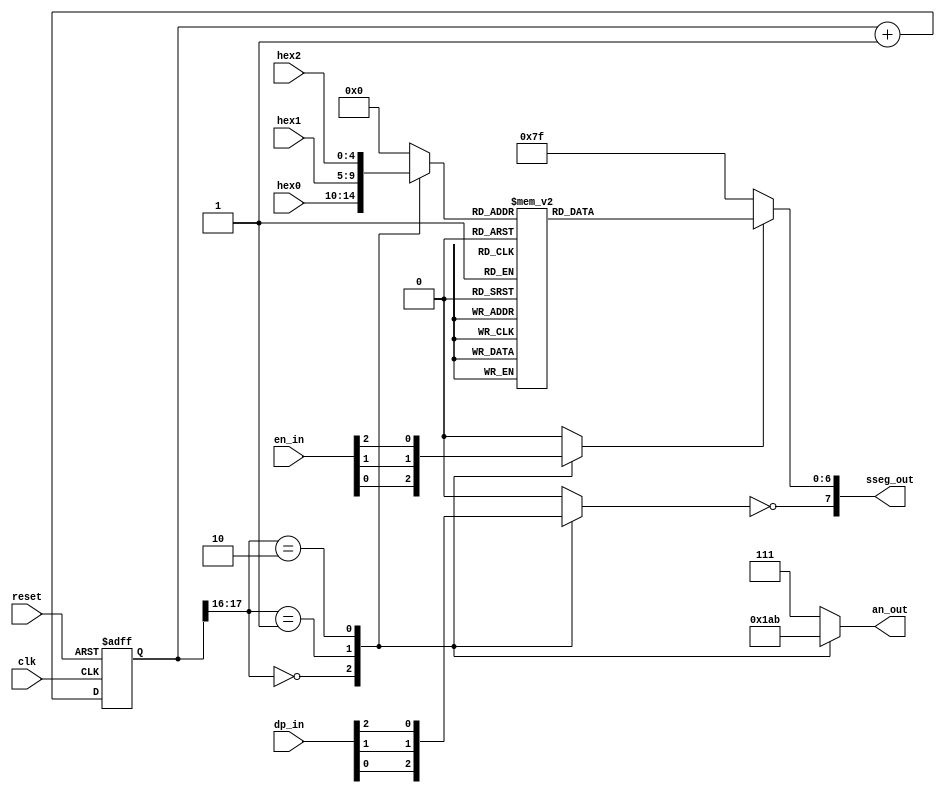
// Created by Jeevaka Dassanayake on 5/22/18.
//   Copyright (c) 2018 Jeevaka Dassanayake.

// Listing 4.15
module DispHexMux
   (
    input wire clk, reset,
    input wire [4:0] hex2, hex1, hex0,  // hex digits
    input wire [2:0] dp_in,             // 3 decimal points
	 input wire [2:0] en_in,
    output wire [2:0] an_out,  // enable 1-out-of-3 asserted low
    output wire [7:0] sseg_out // led segments
   );

   // constant declaration
   // refreshing rate around 800 Hz (50 MHz/2^16)
   localparam N = 18;
   // internal signal declaration
   reg [N-1:0] q_reg;
   wire [N-1:0] q_next;
   reg [4:0] hex_in;
   reg dp;
	reg en;
   reg [2:0] an;  // enable 1-out-of-3 asserted low
   reg [7:0] sseg; // led segments

   // N-bit counter
   // register
   always @(posedge clk, posedge reset)
      if (reset)
         q_reg <= 0;
      else
         q_reg <= q_next;

   // next-state logic
   assign q_next = q_reg + 1;

   // 2 MSBs of counter to control 4-to-1 multiplexing
   // and to generate active-low enable signal
   always @*
      case (q_reg[N-1:N-2])
         3'b00:
            begin
               an =  3'b110;
               hex_in = hex0;
               dp = dp_in[0];
					en = en_in[0];
            end
         2'b01:
            begin
               an =  3'b101;
               hex_in = hex1;
               dp = dp_in[1];
					en = en_in[1];
            end
         2'b10:
            begin
               an =  3'b011;
               hex_in = hex2;
               dp = dp_in[2];
					en = en_in[2];
            end
         default:
				begin
					an = 3'b111;
               hex_in = 5'b00000;
               dp = 1'b0;
					en = 1'b0;
				end
       endcase

   // hex to seven-segment led display
   always @*
   begin
		if( en )
			case(hex_in)
				5'b00000: sseg[6:0] = 7'b0000001;
				5'b00001: sseg[6:0] = 7'b1001111;
				5'b00010: sseg[6:0] = 7'b0010010;
				5'b00011: sseg[6:0] = 7'b0000110;
				5'b00100: sseg[6:0] = 7'b1001100;
				5'b00101: sseg[6:0] = 7'b0100100;
				5'b00110: sseg[6:0] = 7'b0100000;
				5'b00111: sseg[6:0] = 7'b0001111;
				5'b01000: sseg[6:0] = 7'b0000000;
				5'b01001: sseg[6:0] = 7'b0000100;
				5'b01010: sseg[6:0] = 7'b0001000;
				5'b01011: sseg[6:0] = 7'b1100000;
				5'b01100: sseg[6:0] = 7'b0110001;
				5'b01101: sseg[6:0] = 7'b1000010;
				5'b01110: sseg[6:0] = 7'b0110000;
				5'b01111: sseg[6:0] = 7'b0111000;
				// None-hex cases
				5'b10000: sseg[6:0] = 7'b1000001;			// Letter U
				5'b10001: sseg[6:0] = 7'b1111100;  // Dash  / -ve sign
				5'b10010: sseg[6:0] = 7'b1111111;  // Blank
				5'b10011: sseg[6:0] = 7'b0001001;	// Letter N
				5'b10100: sseg[6:0] = 7'b1100010;	// Letter o
				5'b10101: sseg[6:0] = 7'b0011100;	// Letter o (upper)
				default: sseg[6:0] = 7'b1111100;  // Dash / -ve sign
		  endcase
		else
			sseg[6:0] = 7'b1111111;
     sseg[7] = ~dp;
   end

	assign an_out = an;
	assign sseg_out = sseg;

endmodule